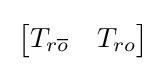
\,{\begin{bmatrix}T_{r{\overline {o}}}&T_{ro}\end{bmatrix}}